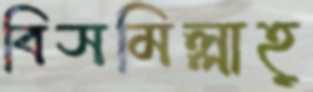
বিসমিল্লাহ্